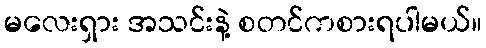
မလေးရှား အသင်းနဲ့ စတင်ကစားရပါမယ်။